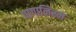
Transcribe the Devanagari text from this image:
पागानिस्म